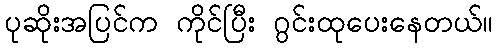
ပုဆိုးအပြင်က ကိုင်ပြီး ဂွင်းထုပေးနေတယ်။